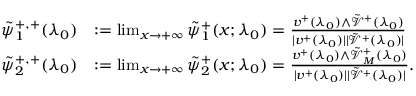
\begin{array} { r l } { \tilde { \psi } _ { 1 } ^ { + , + } ( \lambda _ { 0 } ) } & { : = \operatorname* { l i m } _ { x \to + \infty } \tilde { \psi } _ { 1 } ^ { + } ( x ; \lambda _ { 0 } ) = \frac { v ^ { + } ( \lambda _ { 0 } ) \wedge \tilde { \mathcal { V } } ^ { + } ( \lambda _ { 0 } ) } { | v ^ { + } ( \lambda _ { 0 } ) | | \tilde { \mathcal { V } } ^ { + } ( \lambda _ { 0 } ) | } } \\ { \tilde { \psi } _ { 2 } ^ { + , + } ( \lambda _ { 0 } ) } & { : = \operatorname* { l i m } _ { x \to + \infty } \tilde { \psi } _ { 2 } ^ { + } ( x ; \lambda _ { 0 } ) = \frac { v ^ { + } ( \lambda _ { 0 } ) \wedge \tilde { \mathcal { V } } _ { M } ^ { + } ( \lambda _ { 0 } ) } { | v ^ { + } ( \lambda _ { 0 } ) | | \tilde { \mathcal { V } } ^ { + } ( \lambda _ { 0 } ) | } . } \end{array}